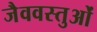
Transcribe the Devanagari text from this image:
जैववस्तुओं